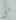
في